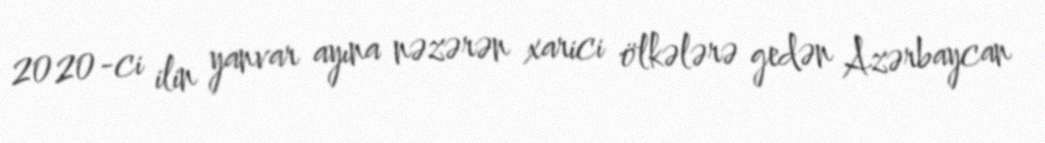
2020-ci ilin yanvar ayına nəzərən xarici ölkələrə gedən Azərbaycan